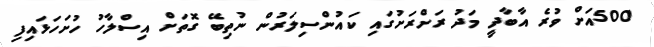
500އަށް ވުރެ އާބާދީ މަދު ރަށްރަށުގައި ކައުންސިލަރުން ނުތިބޭ ގޮތަށް އިސްލާހު ހުށަހަޅައިފި